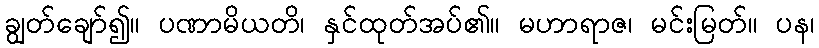
ချွတ်ချော်၍။ ပဏာမိယတိ၊ နှင်ထုတ်အပ်၏။ မဟာရာဇ၊ မင်းမြတ်။ ပန၊